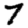
Digit: 7